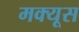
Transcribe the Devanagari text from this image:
मक्यूस